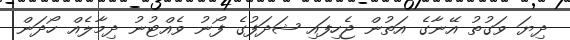
ދިޔަ ވަގުތު އޭނާގެ އަތުން ޖެހިފައި ޝަދަފުގެ ފޯނު ވެއްޓުނު ދިމާލެއް ހޯދަން